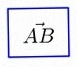
\vec{AB}